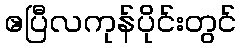
ဧပြီလကုန်ပိုင်းတွင်